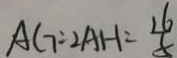
A G = 2 A H = \frac { 1 6 } { 5 }